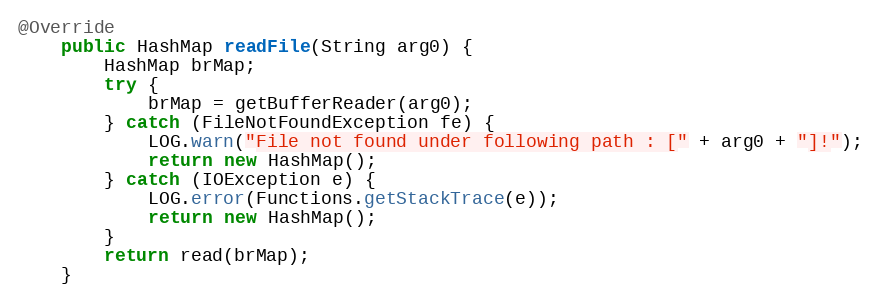
Language: Java
@Override
    public HashMap readFile(String arg0) {
        HashMap brMap;
        try {
            brMap = getBufferReader(arg0);
        } catch (FileNotFoundException fe) {
            LOG.warn("File not found under following path : [" + arg0 + "]!");
            return new HashMap();
        } catch (IOException e) {
            LOG.error(Functions.getStackTrace(e));
            return new HashMap();
        }
        return read(brMap);
    }